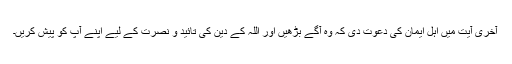
آخری آیت میں اہل ایمان کی دعوت دی کہ وہ آگے بڑھیں اور اللہ کے دین کی تائید و نصرت کے لیے اپنے آپ کو پیش کریں۔